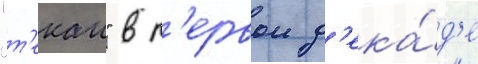
"т'екаи" в п'ервои д'ека́д'е